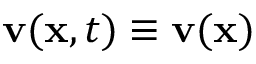
\mathbf { v } ( \mathbf { x } , t ) \equiv \mathbf { v } ( \mathbf { x } )